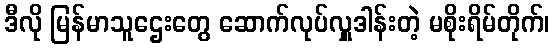
ဒီလို မြန်မာသူဌေးတွေ ဆောက်လုပ်လှူဒါန်းတဲ့ မစိုးရိမ်တိုက်၊